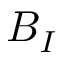
B _ { I }